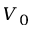
V _ { 0 }